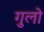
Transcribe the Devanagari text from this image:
गुलो